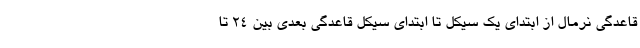
قاعدگی نرمال از ابتدای یک سیکل تا ابتدای سیکل قاعدگی بعدی بین ۲۴ تا